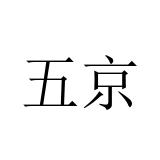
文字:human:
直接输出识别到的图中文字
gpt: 五京